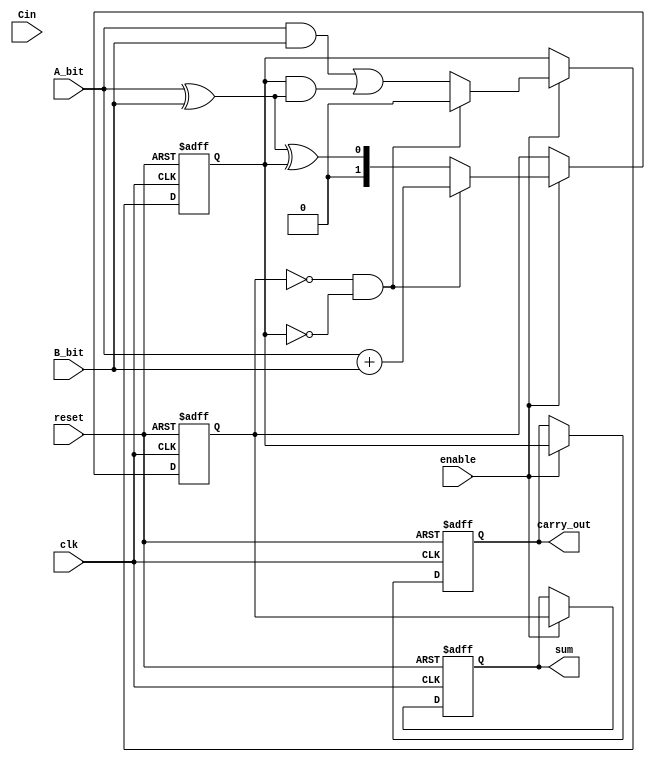
module carry_save_adder_serial (
    input wire clk,           // Clock signal
    input wire reset,         // Reset signal
    input wire enable,        // Enable signal for processing
    input wire A_bit,        // Serial input for operand A
    input wire B_bit,        // Serial input for operand B
    input wire Cin,          // Serial input for carry-in
    output reg [1:0] sum,    // Output sum (two bits to accommodate overflow)
    output reg carry_out      // Output carry-out
);

    reg [1:0] current_sum;    // Current computed sum
    reg current_carry;         // Current carry

    always @(posedge clk or posedge reset) begin
        if (reset) begin
            current_sum <= 2'b00;  // Reset sum
            current_carry <= 1'b0;  // Reset carry
            sum <= 2'b00;           // Output sum reset
            carry_out <= 1'b0;      // Output carry reset
        end else if (enable) begin
            // Half Adder for the first incoming bit (A_bit, B_bit)
            if (current_sum == 2'b00 && current_carry == 1'b0) begin
                current_sum <= A_bit + B_bit; // First bit addition (no carry)
                current_carry <= 1'b0; // No carry out from half adder
            end else begin
                // Full Adder for subsequent bits
                current_sum <= A_bit ^ B_bit ^ current_carry; // Sum
                current_carry <= (A_bit & B_bit) | (current_carry & (A_bit ^ B_bit)); // Carry
            end
            // Update output registers
            sum <= current_sum;     // Update output sum
            carry_out <= current_carry; // Update output carry
        end
    end

endmodule